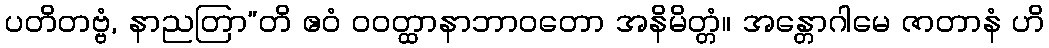
ပတိတဗ္ဗံ, နာညတြာ”တိ ဧဝံ ဝဝတ္ထာနာဘာဝတော အနိမိတ္တံ။ အန္တောဂါမေ ဇာတာနံ ဟိ